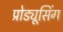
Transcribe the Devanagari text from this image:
प्रोड्यूसिंग